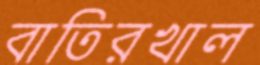
বাতিরখাল